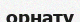
орнату